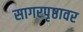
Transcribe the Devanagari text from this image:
सागरपृष्ठावर